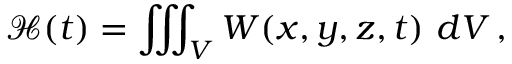
\mathcal H ( t ) = \iiint _ { V } W ( x , y , z , t ) \ d V \, ,